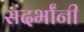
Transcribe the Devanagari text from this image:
संदर्भांनी